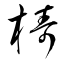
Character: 檮